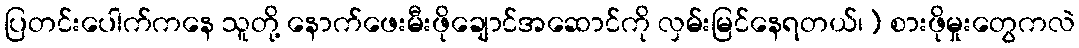
ပြတင်းပေါက်ကနေ သူတို့ နောက်ဖေးမီးဖိုချောင်အဆောင်ကို လှမ်းမြင်နေရတယ်၊) စားဖိုမှုးတွေကလဲ